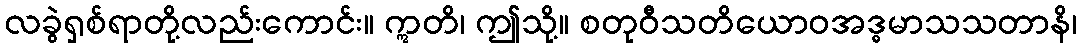
လခွဲရှစ်ရာတို့လည်းကောင်း။ ဣတိ၊ ဤသို့။ စတုဝီသတိယောဝအဒ္ဓမာသသတာနိ၊